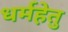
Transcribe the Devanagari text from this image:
धर्महेतु